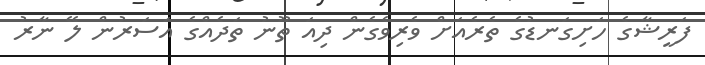
ފަރީޝާގެ ހަށިގަނޑުގެ ތެރެއަށް ވެރިވެގެން ދިއަ ތޫނު ތަދެއްގެ އަސަރުން ލޭ ނާރު